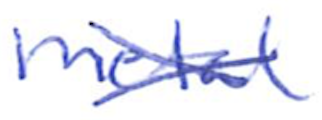
Text: metal
Cross-out: cross
Writing tool: ballpoint